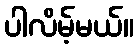
ပါလိမ့်မယ်။